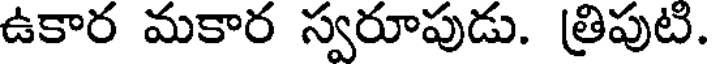
ఉకార మకార స్వరూపుడు. త్రిపుటి.